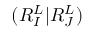
( R _ { I } ^ { L } | R _ { J } ^ { L } )